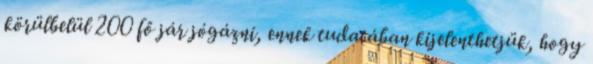
körülbelül 200 fő jár jógázni, ennek tudatában kijelenthetjük, hogy